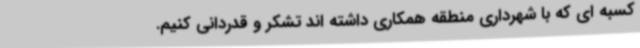
کسبه ای که با شهرداری منطقه همکاری داشته اند تشکر و قدردانی کنیم.